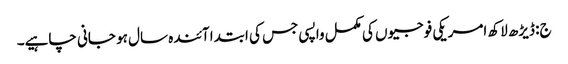
ج: ڈیڑھ لاکھ امریکی فوجیوں کی مکمل واپسی جس کی ابتدا آئندہ سال ہو جانی چاہیے۔